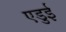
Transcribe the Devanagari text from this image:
एडुई